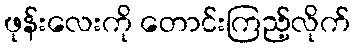
ဖုန်းလေးကို တောင်းကြည့်လိုက်